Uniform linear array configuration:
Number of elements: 4
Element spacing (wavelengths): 1
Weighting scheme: kaiser
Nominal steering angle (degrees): -30
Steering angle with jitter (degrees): -29.764
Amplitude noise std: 0.05
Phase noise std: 0.05

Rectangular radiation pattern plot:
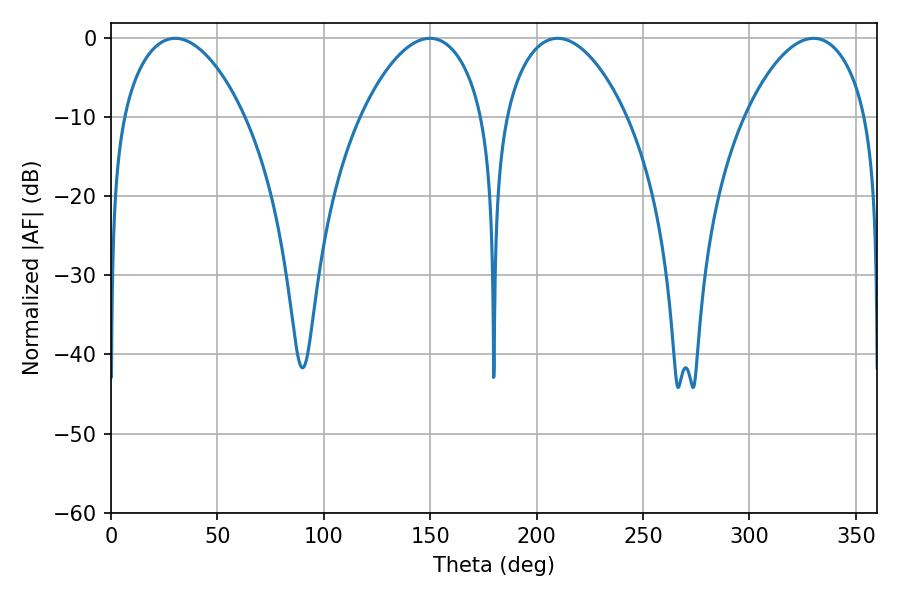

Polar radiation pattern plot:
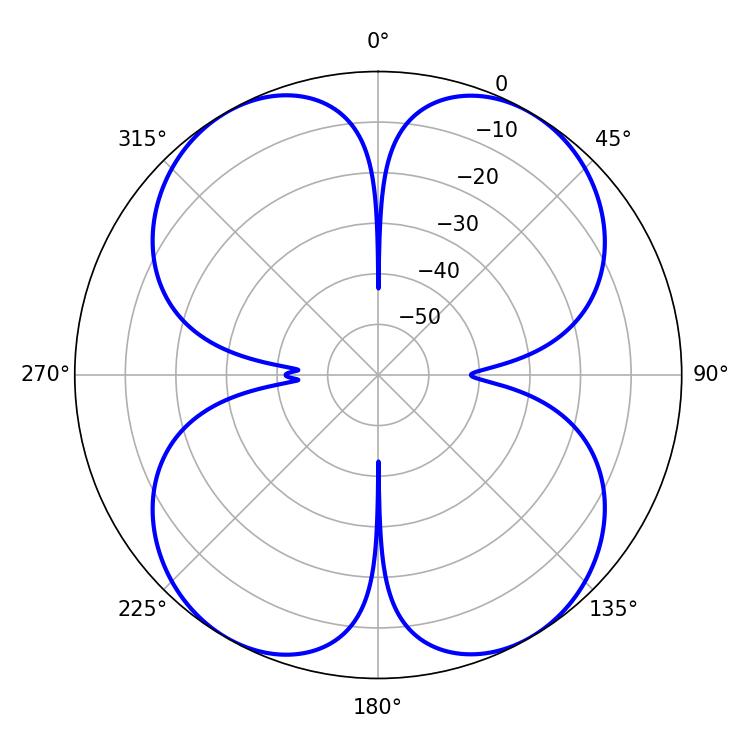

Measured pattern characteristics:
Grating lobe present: TRUE
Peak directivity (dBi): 24.167
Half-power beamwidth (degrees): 32.04
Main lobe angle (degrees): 209.88